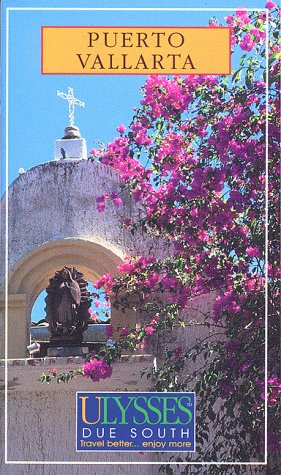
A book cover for Ulysses Puerto Valarta (Ulysses Travel Guide Puerto Vallarta); Richard Bizier; Travel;